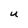
Character: u